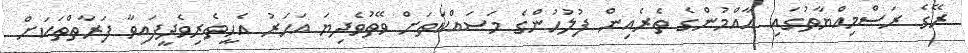
ރޭގެ ރަސްމިއްޔާތުގައި އާއްމުންގެ ތެރެއިން ފުލުހުންގެ މަސައްކަތަށް ވޭތުވެދިޔަ އަހަރު އެހީތެރިވެދީފައިވާ ފަރާތްތަކަށް